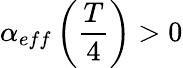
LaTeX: \alpha_{eff}\left(\frac{T}{4}\right)>0